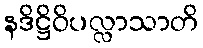
နဒိဋ္ဌိဝိပလ္လာသာတိ